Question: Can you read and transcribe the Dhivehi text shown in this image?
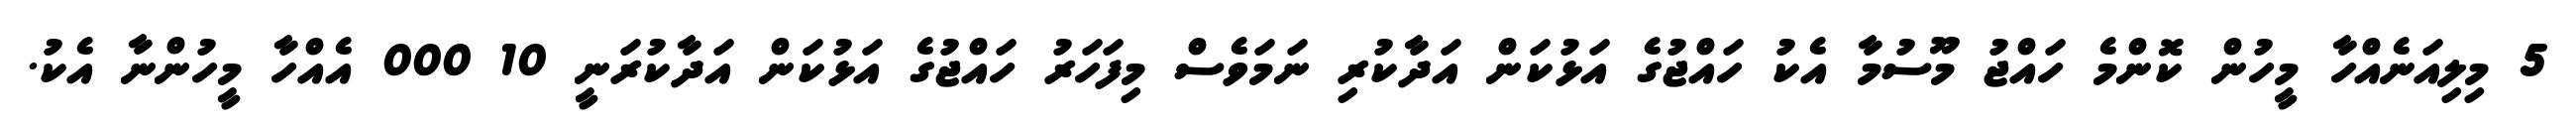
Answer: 5 މިލިއަނެއްހާ މީހުން ކޮންމެ ހައްޖު މޫސުމާ އެކު ހައްޖުގެ އަޅުކަން އަދާކުރި ނަމަވެސް މިފަހަރު ހައްޖުގެ އަޅުކަން އަދާކުރަނީ 10 000 އެއްހާ މީހުންނާ އެކު.